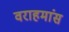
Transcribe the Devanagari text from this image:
वराहमांस